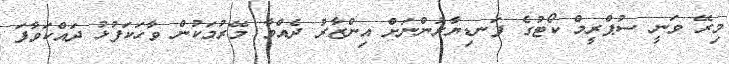
މިރޭ ވަނީ ސުޕްރީމް ކޯޓުގެ ފަނޑިޔާރުންނަށް އިންޒާރު ދެއްވާ މޭރުމަކުން ވާހަކަފުޅު ދައްކަވާފަ